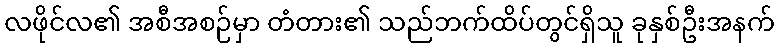
လဖိုင်လ၏ အစီအစဉ်မှာ တံတား၏ သည်ဘက်ထိပ်တွင်ရှိသူ ခုနှစ်ဦးအနက်